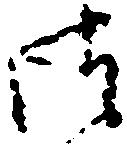
御